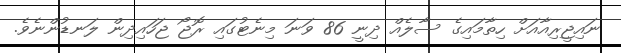
ނައިޖީރިއާއަށް ހިތާމައިގެ ސާލެއް ދިނީ 86 ވަނަ މިނެޓުގައި ރޮޖޯ ޖަހައިދިން ލަނޑުންނެވެ.